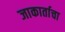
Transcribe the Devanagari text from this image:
जाकार्ताचा